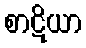
စာဋိယာ